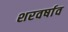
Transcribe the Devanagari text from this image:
शरवर्षाव